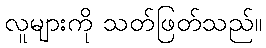
လူများကို သတ်ဖြတ်သည်။